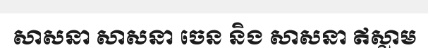
សាសនា សាសនា ចេន និង សាសនា ឥស្លាម